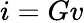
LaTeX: i=Gv